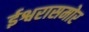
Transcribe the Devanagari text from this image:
ईश्वरासमोर